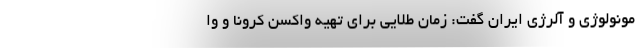
مونولوژی و آلرژی ایران گفت: زمان طلایی برای تهیه واکسن کرونا و وا